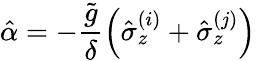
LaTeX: \hat{\alpha}=-\frac{\tilde{g}}{\delta}\left(\hat{\sigma}_{z}^{(i)}+\hat{\sigma}_{z}^{(j)}\right)